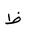
Letter: _za